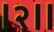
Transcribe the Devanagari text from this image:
।२॥